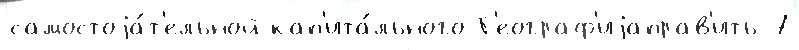
самостоjа́т'ельной кап'ита́льного Г'еограф'иjаправ'ить 7